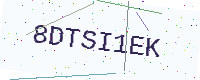
Text: 8DTSI1EK